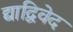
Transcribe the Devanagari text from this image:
द्याद्विवेद